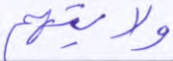
ولايتهم